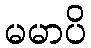
မမာပိ